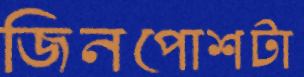
জিনপোশটা